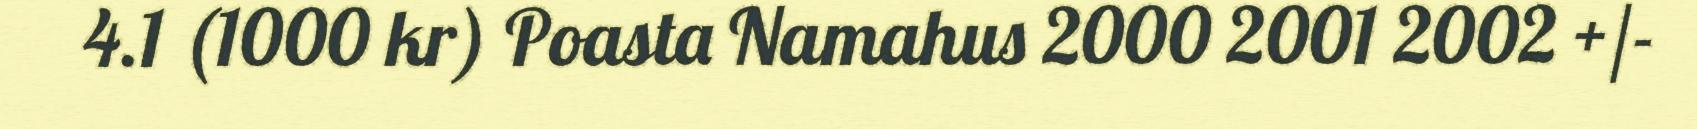
4.1 (1000 kr) Poasta Namahus 2000 2001 2002 +/-